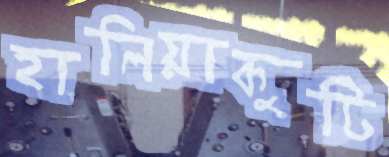
হালিয়াকুটি